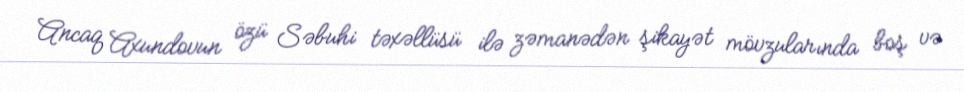
Ancaq Axundovun özü Səbuhi təxəllüsü ilə zəmanədən şikayət mövzularında boş və